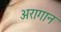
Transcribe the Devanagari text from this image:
अरागान